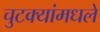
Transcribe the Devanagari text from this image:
चुटक्यांमधले